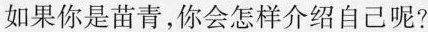
如果你是苗青，你会怎样介绍自己呢?